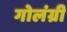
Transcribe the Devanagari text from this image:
गोलंग्री